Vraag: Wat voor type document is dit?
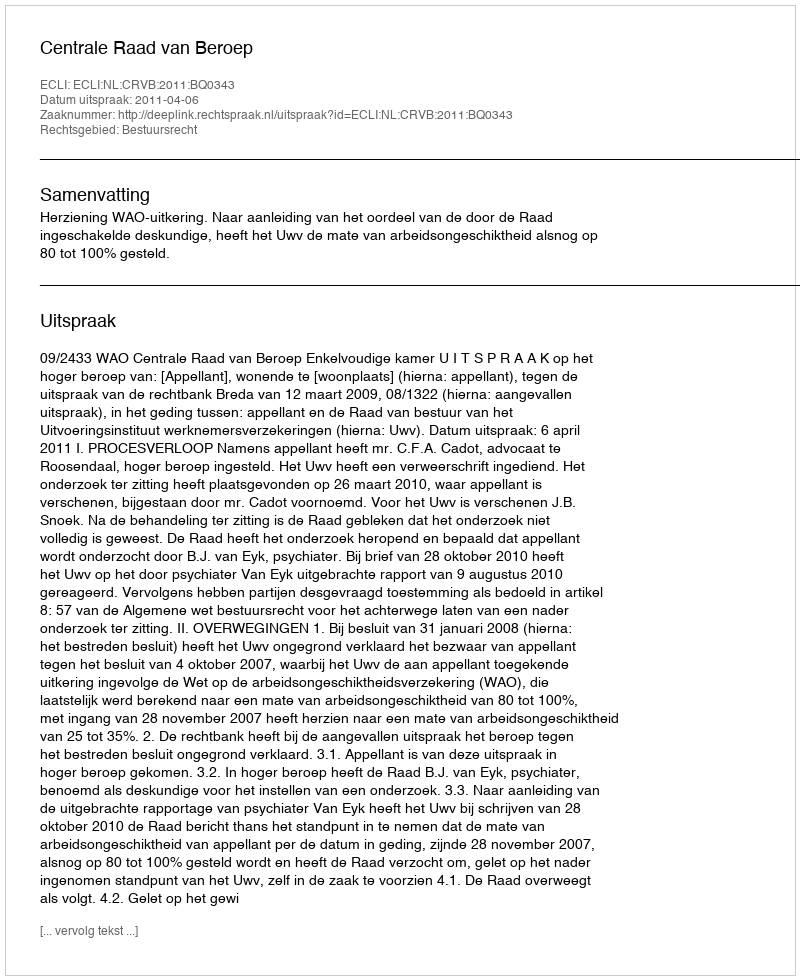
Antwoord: Uitspraak